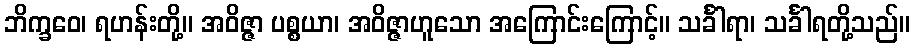
ဘိက္ခဝေ၊ ရဟန်းတို့။ အဝိဇ္ဇာ ပစ္စယာ၊ အဝိဇ္ဇာဟူသော အကြောင်းကြောင့်။ သင်္ခါရာ၊ သင်္ခါရတို့သည်။